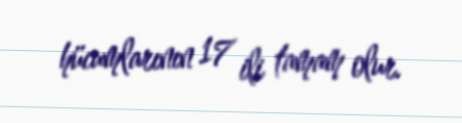
hücumlarının 17 ili tamam olur.